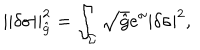
| | \delta \sigma | | _ { \hat { g } } ^ { 2 } = \int _ { \Sigma } \sqrt { \hat { g } } e ^ { \sigma } | \delta \sigma | ^ { 2 } ,